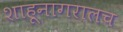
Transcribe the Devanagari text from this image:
शाहूनागरालच